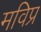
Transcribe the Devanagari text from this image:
मविप्र